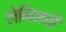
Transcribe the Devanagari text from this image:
लेनिनची